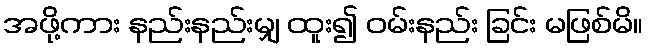
အဖို့ကား နည်းနည်းမျှ ထူး၍ ဝမ်းနည်း ခြင်း မဖြစ်မိ။